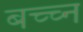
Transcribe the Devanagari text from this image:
बच्च्न